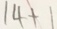
1 4 + 1